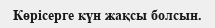
Көрісерге күн жақсы болсын.